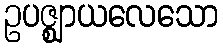
ဥပဇ္ဈာယလေသော